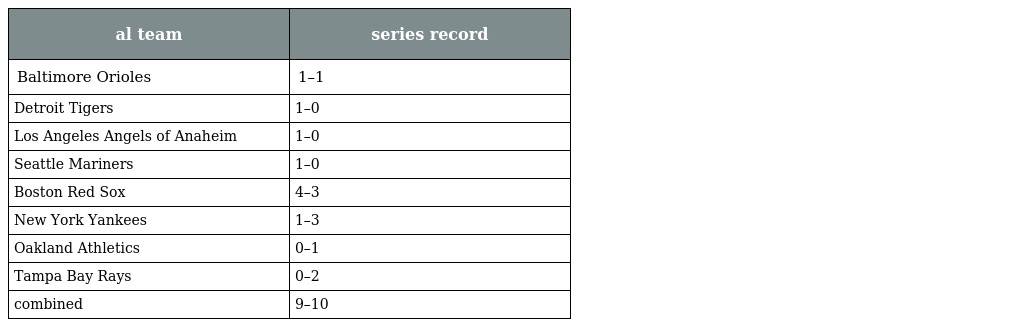
| al team | series record |
 | --- | --- |
 | Baltimore Orioles | 1–1 |
 | Detroit Tigers | 1–0 |
 | Los Angeles Angels of Anaheim | 1–0 |
 | Seattle Mariners | 1–0 |
 | Boston Red Sox | 4–3 |
 | New York Yankees | 1–3 |
 | Oakland Athletics | 0–1 |
 | Tampa Bay Rays | 0–2 |
 | combined | 9–10 |